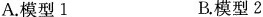
A.模型1 B.模型2